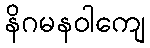
နိဂမနဝါကျေ